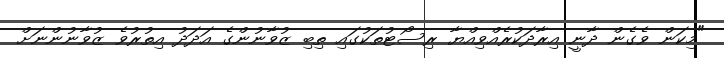
"މިކަން ވެގެން ދާނީ އިރާދަކުރެއްވިއްޔާ ރިސޯޓުތަކުގައި ތިބި ޒުވާނުންގެ އަދަދު އިތުރުވެ ޒުވާނުންނަށް